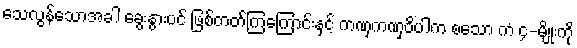
သေလွန်သောအခါ ခွေးနွားပင် ဖြစ်တတ်ကြကြောင်းနှင့် ကဏှကဏှဝိပါက စသော ကံ ၄-မျိုးကို